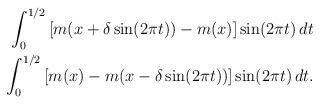
LaTeX: \begin{align*}\begin{aligned} \int_{0}^{1/2}\left[m(x +\delta\sin(2\pi t))- m(x)\right]\sin(2\pi t)\,dt \\ \int_{0}^{1/2}\left[m(x)-m( x-\delta\sin(2\pi t)) \right]\sin(2\pi t)\,dt.\end{aligned}\end{align*}